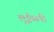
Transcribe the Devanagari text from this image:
लुईसनी